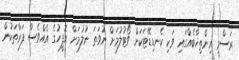
ރަސްމީ އިންތިޚާބެއްގައި ވަކި ކެނޑިޑޭޓަކަށް ވޯޓުލުމަށް ނުވަތަ ނުލުމަށް އޮފީހުގެ އެއްވެސް ފަރާތަކުން